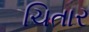
ચિતાર